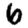
Digit: 6